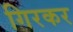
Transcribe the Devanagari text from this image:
गिरकर